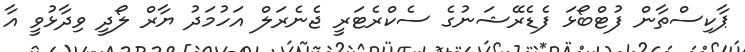
ޕާކިސްތާން ފުޓްބޯޅަ ފެޑެރޭޝަނުގެ ސެކްރެޓަރީ ޖެނެރަލް އަހުމަދު ޔާރް ލޯދީ ވިދާޅުވީ އާ